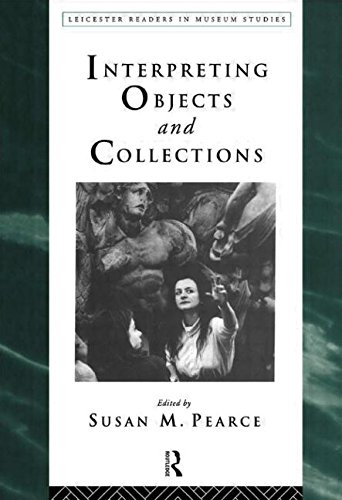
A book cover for Interpreting Objects and Collections (Leicester Readers in Museum Studies); Business & Money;